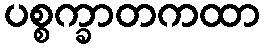
ပစ္စက္ခာတကထာ